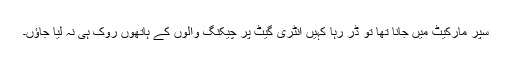
سپر مارکیٹ میں جانا تھا تو ڈر رہا کہیں انٹری گیٹ پر چیکنگ والوں کے ہاتھوں روک ہی نہ لیا جاؤں۔